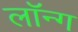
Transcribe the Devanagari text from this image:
लॉन्‍ग